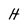
Character: H